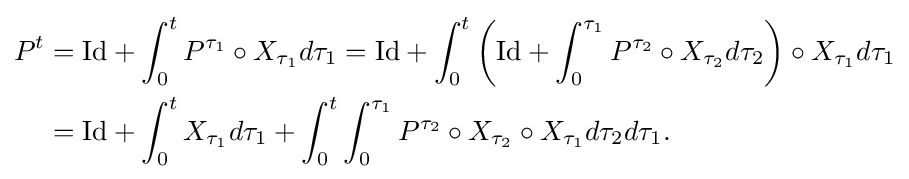
{\begin{aligned}P^{t}&=\mathrm {Id} +\int _{0}^{t}P^{\tau _{1}}\circ X_{\tau _{1}}d\tau _{1}=\mathrm {Id} +\int _{0}^{t}\left(\mathrm {Id} +\int _{0}^{\tau _{1}}P^{\tau _{2}}\circ X_{\tau _{2}}d\tau _{2}\right)\circ X_{\tau _{1}}d\tau _{1}\\&=\mathrm {Id} +\int _{0}^{t}X_{\tau _{1}}d\tau _{1}+\int _{0}^{t}\int _{0}^{\tau _{1}}P^{\tau _{2}}\circ X_{\tau _{2}}\circ X_{\tau _{1}}d\tau _{2}d\tau _{1}.\end{aligned}}